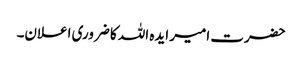
حضرت امیر ایدہ اللہ کا ضروری اعلان۔